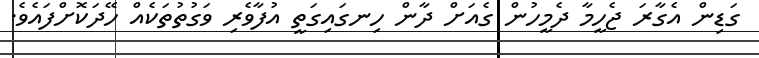
ގަޑިން އެގާރަ ޖެހީމާ ދެމީހުން ގެއަށް ދާން ހިނގައިގަތީ އުފާވެރި ވަގުތުތަކެއް ހޭދަކޮށްފައެވެ.